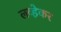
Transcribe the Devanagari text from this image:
लव्हेकर